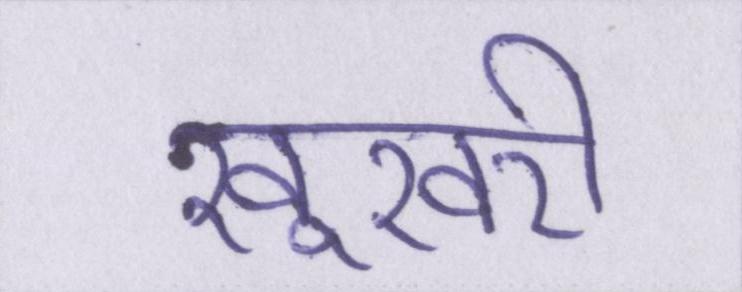
खूखरी